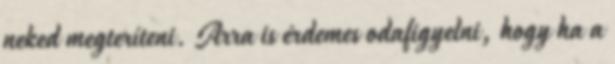
neked megteríteni. Arra is érdemes odafigyelni, hogy ha a